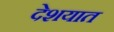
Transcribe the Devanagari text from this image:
देशयात